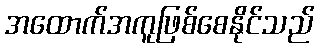
အထောက်အကူဖြစ်စေနိုင်သည်